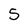
Character: 5